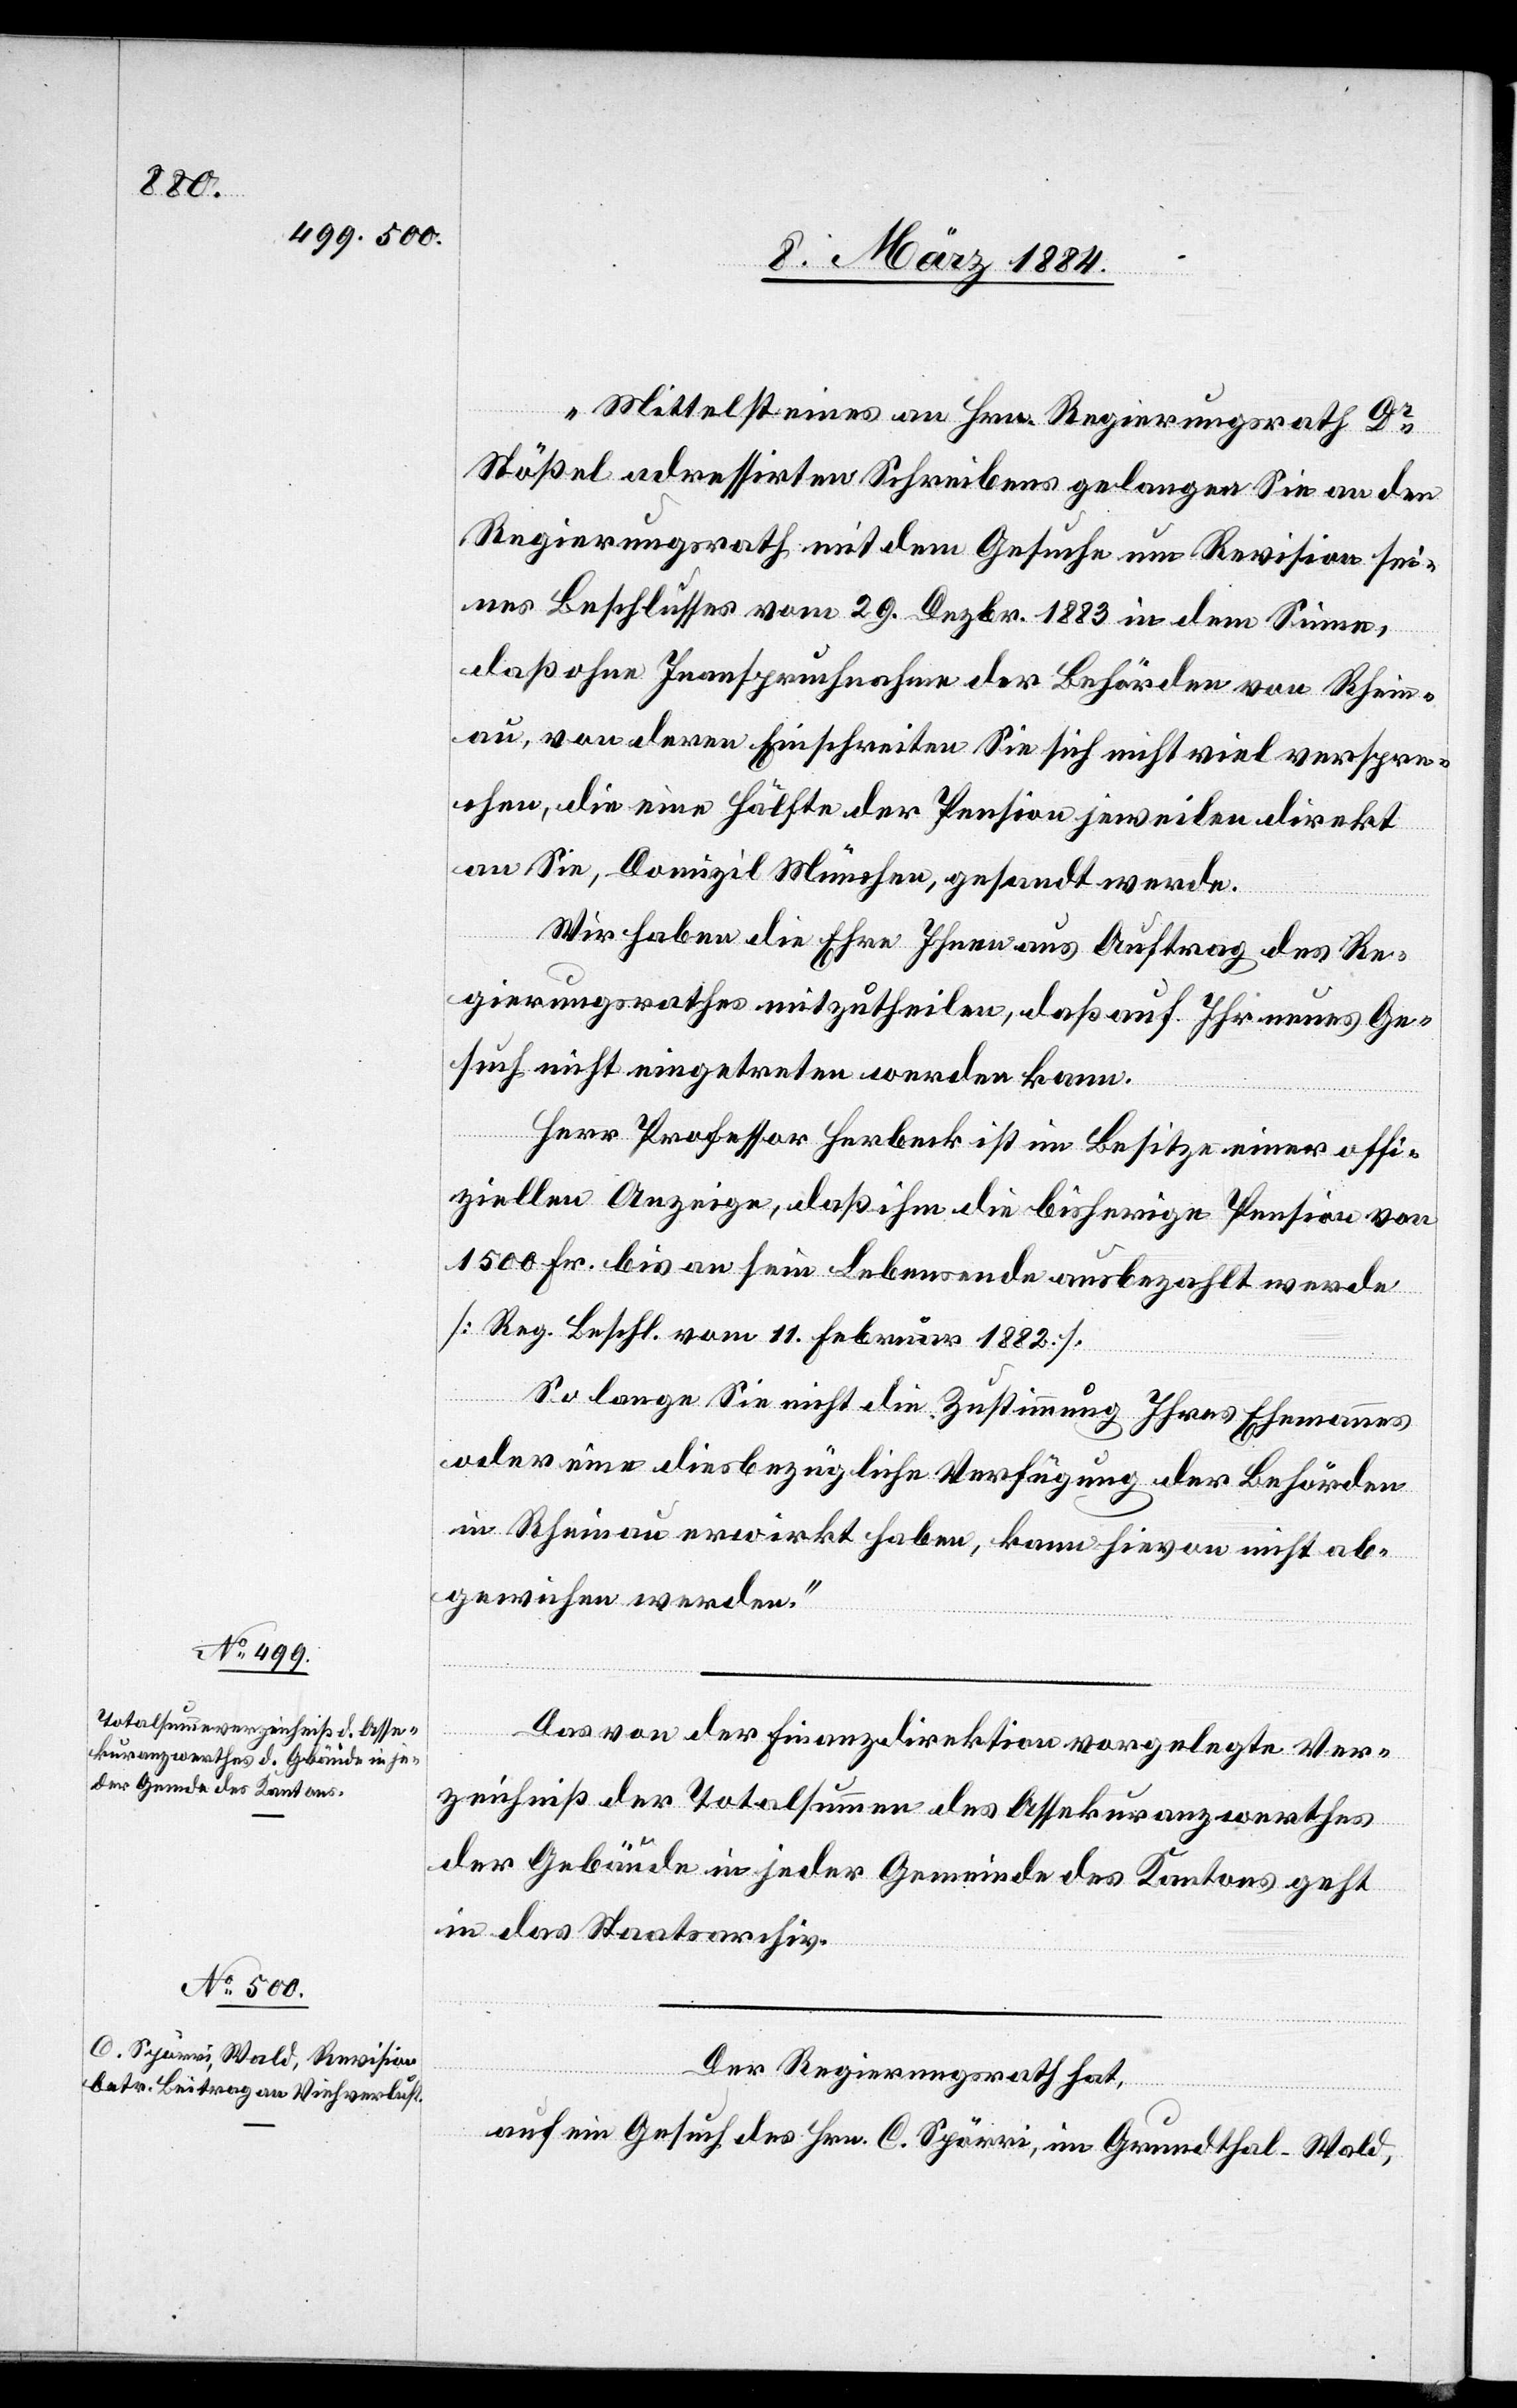
„Mittelst eines an Hrn. Regierungsrath Dr
Stößel adressirten Schreibens gelangen Sie an den
Regierungsrath mit dem Gesuche um Revision sei¬
nes Beschlusses vom 29. Dezbr. 1883 in dem Sinne,
daß ohne Inanspruchnahme der Behörden von Rhein¬
au, von deren Einschreiten Sie sich nicht viel verspro¬
chen, die eine Hälfte der Pension jeweilen direkt
an Sie, Domizil München, gesandt werde.
Wir haben die Ehre Ihnen aus [sic!] Auftrag des Re¬
gierungsrathes mitzutheilen, daß auf Ihr neues Ge¬
such nicht eingetreten werden kann.
Herr Professor Herbeck ist im Besitze einer offi¬
ziellen Anzeige, daß ihm die bisherige Pension von
1500 Fr. bis an sein Lebensende ausbezahlt werde
[Reg. Besch. vom 11. Februar 1882].
So lange Sie nicht die Zustimmung Ihres Ehemannes
oder eine diesbezügliche Verfügung der Behörden
in Rheinau erwirkt haben, kann hievon nicht ab¬
gewichen werden.“
Das von der Finanzdirektion vorgelegte Ver¬
zeichniß der Totalsumme des Asskuranzwerthes
der Gebäude in jeder Gemeinde des Kantons geht
in das Staatsarchiv.
Der Regierungsrath hat,
auf ein Gesuch des Hrn. C. Spörri, im Grundthal - Wald,